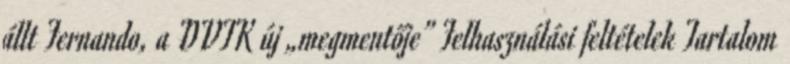
állt Fernando, a DVTK új „megmentője” Felhasználási feltételek Tartalom